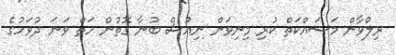
ރިލްވާން މަސައްކަތް ކުރި މިނިވަން ނިއުސް ބުނާ ގޮތުން ހަތް ވަނަ ދުވަހުގެ